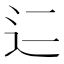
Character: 𬨜